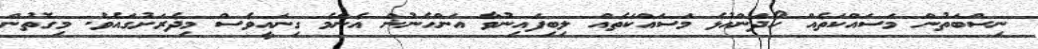
ނިސްބަތުން މަސައްކަތެއް ހޯދަންއުޅެ މަސައްކަތެއް ލިބިފައިނުވާ އަންހެނުން އެންމެ ގިނައީވެސް މިދެރަށުގައެވެ. މިގޮތުން